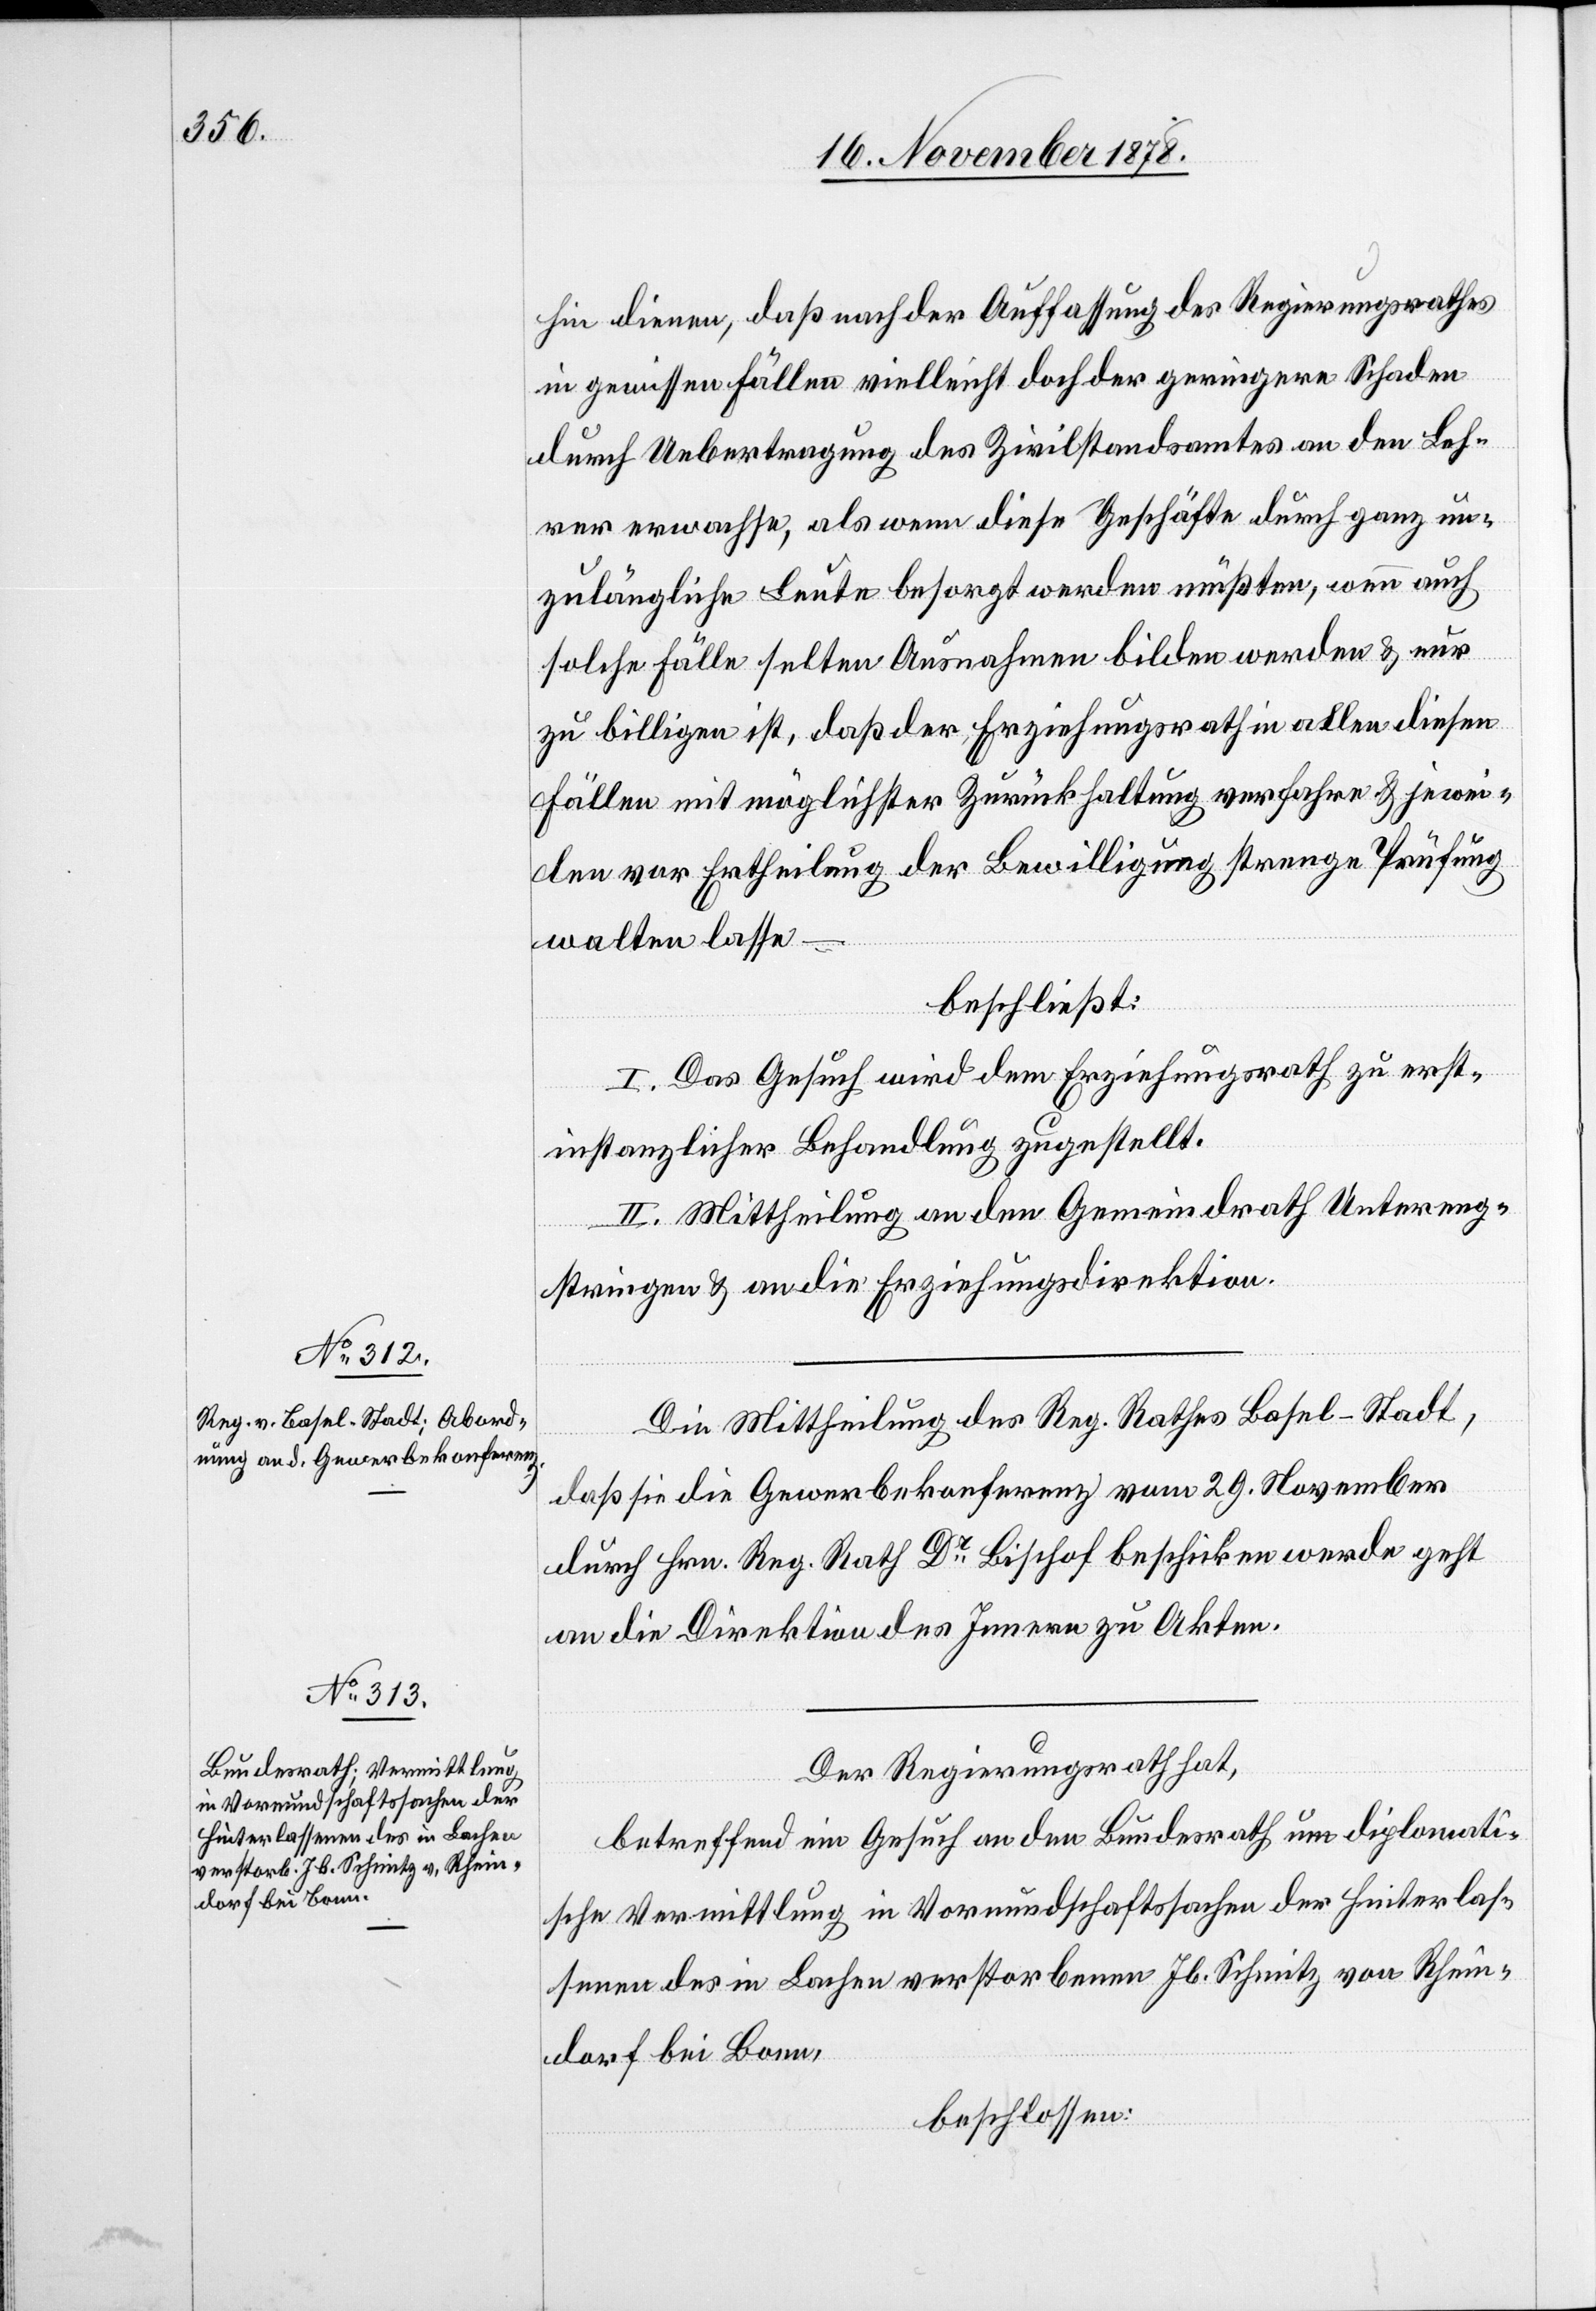
hin dienen, daß nach der Auffassung des Regierungsrathes
in gewissen Fällen vielleicht doch der geringere Schaden
durch Uebertragung des Zivilstandsamtes an den Leh¬
rer erwachse, als wenn diese Geschäfte durch ganz un¬
zulängliche Leute besorgt werden müßten, wenn auch
solche Fälle selten Ausnahmen bilden werden & nur
zu billigen ist, daß der Erziehungsrath in allen diesen
Fällen mit möglichster Zurückhaltung verfahre & jewei¬
len vor Ertheilung der Bewilligung strenge Prüfung
walten lasse –
beschließt:
I. Das Gesuch wird dem Erziehungsrath zu erst¬
instanzlicher Behandlung zugestellt.
II. Mittheilung an den Gemeindrath Untereng¬
stringen & an die Erziehungsdirektion.
Die Mittheilung des Reg. Rathes Basel-Stadt,
daß sie die Gewerbekonferenz vom 29. November
durch Hrn. Reg. Rath Dr Bischof beschicken werde geht
an die Direktion des Innern zu Akten.
Der Regierungsrath hat,
betreffend ein Gesuch an den Bundesrath um diplomati¬
sche Vermittlung in Vormundschaftssachen der Hinterlas¬
senen des in Lachen verstorbenen Jb. Schmitz von Rhein¬
dorf bei Bonn,
beschlossen: